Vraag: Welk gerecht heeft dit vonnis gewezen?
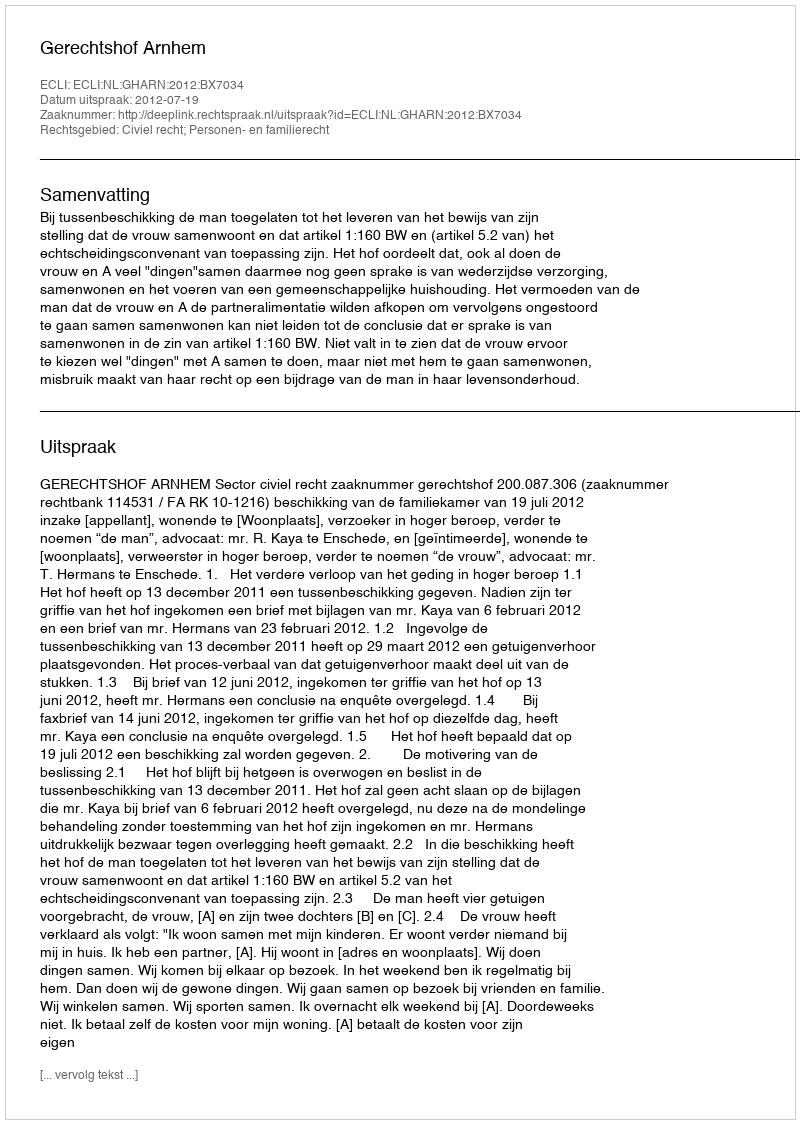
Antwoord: Gerechtshof Arnhem